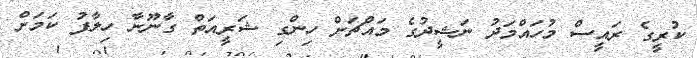
ކުރީގެ ރައީސް މުހައްމަދު ނަޝީދުގެ މައްޗަށް ހިންގި ޝަރީއަތް ގާނޫނާ ހިލާފު ކަމަށް